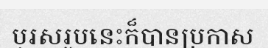
បុរសរូបនេះក៏បានប្រកាស